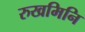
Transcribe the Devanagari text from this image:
रुखमिनि